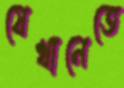
যেখানেতে